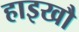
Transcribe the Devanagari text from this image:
हाइखौ